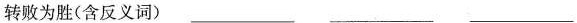
转败为胜(含反义词) ___ ___ ___